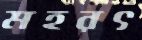
মহরৎ